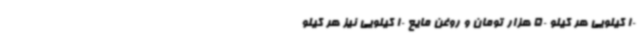
10 کیلویی هر کیلو 50 هزار تومان و روغن مایع 10 کیلویی نیز هر کیلو